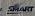
smart